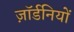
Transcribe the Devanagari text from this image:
ज़ॉर्डनियों